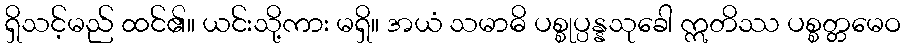
ရှိသင့်မည် ထင်၏။ ယင်းသို့ကား မရှိ။ အယံ သမာဓိ ပစ္စုပ္ပန္နသုခေါ ဣတိဿ ပစ္စတ္တမေဝ